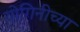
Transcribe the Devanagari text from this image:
योगिनीच्या